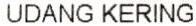
UDANG KERING